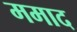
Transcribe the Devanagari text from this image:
ममाद